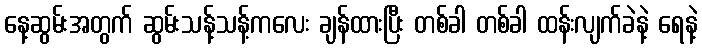
နေ့ဆွမ်းအတွက် ဆွမ်းသန့်သန့်ကလေး ချန်ထားပြီး တစ်ခါ တစ်ခါ ထန်းလျက်ခဲနဲ့ ရေနဲ့